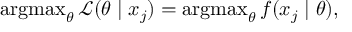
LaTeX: \operatorname { a r g m a x } _ { \theta } { \mathcal { L } } ( \theta \mid x _ { j } ) = \operatorname { a r g m a x } _ { \theta } f ( x _ { j } \mid \theta ) ,